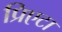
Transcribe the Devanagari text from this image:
प्रिएटा